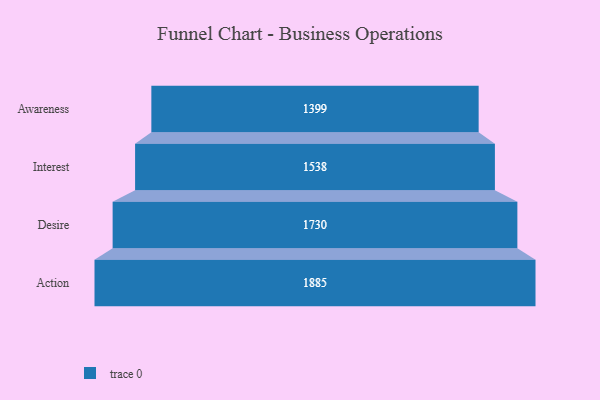
{"axis": {"x": "Stage", "y": "Value"}, "legend": [""], "data": [{"x": "Awareness", "y": 1399.0, "type": ""}, {"x": "Interest", "y": 1538.0, "type": ""}, {"x": "Desire", "y": 1730.0, "type": ""}, {"x": "Action", "y": 1885.0, "type": ""}]}